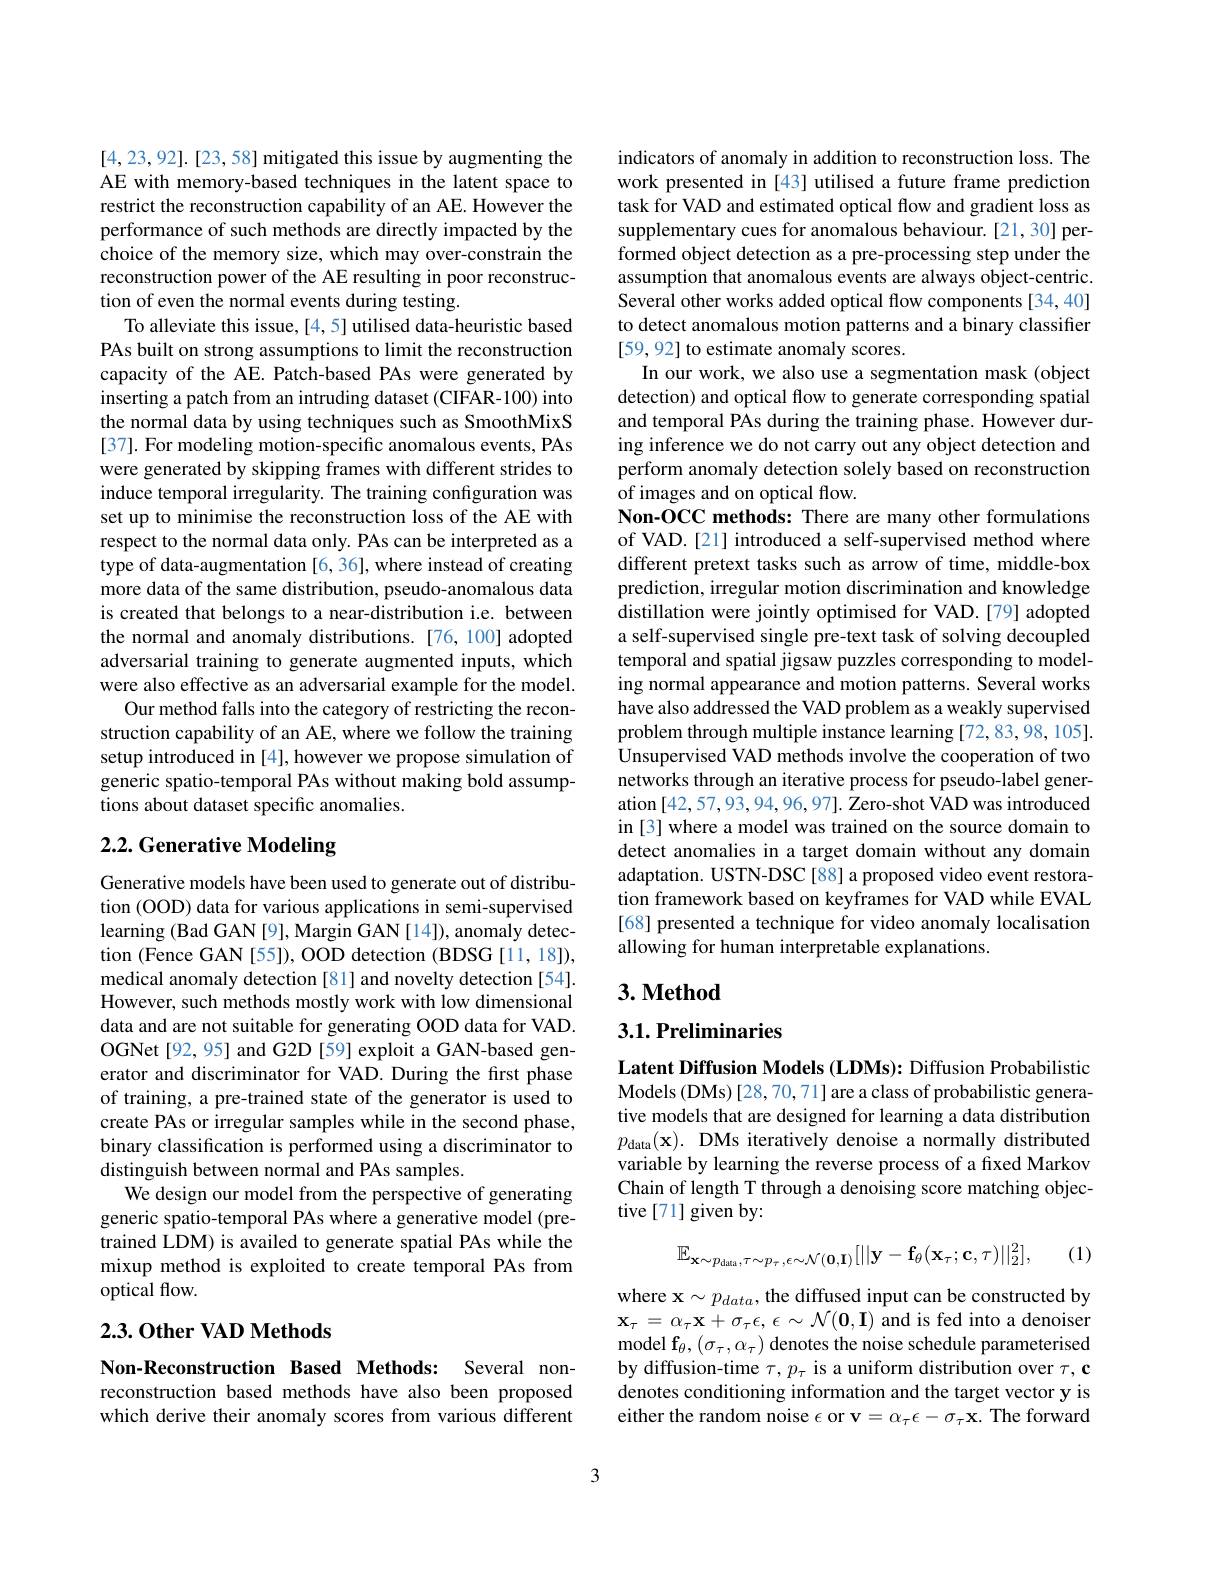
[4,23,92].[23,58] mitigated this issue by augmenting the AE with memory-based techniques in the latent space to restrict the reconstruction capability of an AE. However the performance of such methods are directly impacted by the choice of the memory size, which may over-constrain the reconstruction power of the AE resulting in poor reconstruction of even the normal events during testing.
To alleviate this issue, [4,5] utilised data-heuristic based PAs built on strong assumptions to limit the reconstruction capacity of the AE. Patch-based PAs were generated by inserting a patch from an intruding dataset (CIFAR-100) into the normal data by using techniques such as SmoothMixS [37]. For modeling motion-specific anomalous events, PAs were generated by skipping frames with different strides to induce temporal irregularity. The training configuration was set up to minimise the reconstruction loss of the AE with respect to the normal data only. PAs can be interpreted as a type of data-augmentation [6, 36], where instead of creating more data of the same distribution, pseudo-anomalous data is created that belongs to a near-distribution i.e. between the normal and anomaly distributions. [76,100] adopted adversarial training to generate augmented inputs, which were also effective as an adversarial example for the model.
Our method falls into the category of restricting the reconstruction capability of an AE, where we follow the training setup introduced in [4], however we propose simulation of generic spatio-temporal PAs without making bold assumptions about dataset specific anomalies.

# 2.2. Generative Modeling

Generative models have been used to generate out of distribution (OOD) data for various applications in semi-supervised learning (Bad GAN [9], Margin GAN [14]), anomaly detection (Fence GAN [55]), OOD detection (BDSG [11,18]), medical anomaly detection [81] and novelty detection [54]. However, such methods mostly work with low dimensional data and are not suitable for generating OOD data for VAD. OGNet[92, 95] and G2D [59] exploit a GAN-based generator and discriminator for VAD. During the first phase of training, a pre-trained state of the generator is used to create PAs or irregular samples while in the second phase, binary classification is performed using a discriminator to distinguish between normal and PAs samples.
We design our model from the perspective of generating generic spatio-temporal PAs where a generative model (pretrained LDM) is availed to generate spatial PAs while the mixup method is exploited to create temporal PAs from optical flow.

## $2. 3. \textbf{Other VAD Methods}$

Non-Reconstruction Based Methods: Several nonreconstruction based methods have also been proposed which derive their anomaly scores from various different

indicators of anomaly in addition to reconstruction loss. The work presented in [43] utilised a future frame prediction task for VAD and estimated optical flow and gradient loss as supplementary cues for anomalous behaviour.[21,30] performed object detection as a pre-processing step under the assumption that anomalous events are always object-centric. Several other works added optical flow components [34,40] to detect anomalous motion patterns and a binary classifier [59,92] to estimate anomaly scores.
In our work, we also use a segmentation mask (object detection) and optical flow to generate corresponding spatial and temporal PAs during the training phase. However during inference we do not carry out any object detection and perform anomaly detection solely based on reconstruction of images and on optical flow.
Non-OCC methods: There are many other formulations of VAD.[21] introduced a self-supervised method where different pretext tasks such as arrow of time, middle-box prediction, irregular motion discrimination and knowledge distillation were jointly optimised for VAD.[79] adopted a self-supervised single pre-text task of solving decoupled temporal and spatial jigsaw puzzles corresponding to modeling normal appearance and motion patterns. Several works have also addressed the VAD problem as a weakly supervised problem through multiple instance learning [72,83,98,105]. Unsupervised VAD methods involve the cooperation of two networks through an iterative process for pseudo-label generation [42,57,93,94,96,97]. Zero-shot VAD was introduced in [3] where a model was trained on the source domain to detect anomalies in a target domain without any domain adaptation. USTN-DSC[88] a proposed video event restoration framework based on keyframes for VAD while EVAL [68] presented a technique for video anomaly localisation allowing for human interpretable explanations.

## $3. \textbf{Method}$

## $3. 1. \textbf{Preliminaries}$

Latent Diffusion Models (LDMs): Diffusion Probabilistic Models (DMs) [28,70,71] are a class of probabilistic generative models that are designed for learning a data distribution $p_{\mathrm{data}}( \mathbf{x} ) . \textbf{ DMs iteratively denoise a normally distributed}$ variable by learning the reverse process of a fixed Markov Chain of length T through a denoising score matching objective[71]given by:
$$\mathbb{E}_{\mathbf{x}\sim p_{\mathrm{data}},\tau\sim p_{\tau},\epsilon\sim\mathcal{N}(\mathbf{0},\mathbf{I})}[||\mathbf{y}-\mathbf{f}_{\theta}(\mathbf{x}_{\tau};\mathbf{c},\tau)||_{2}^{2}],$$
(1)

where $\mathbf{x}\sim p_{data}$,the diffused input can be constructed by $\mathbf{x}_{\tau}=\alpha_{\tau}\mathbf{x}+\sigma_{\tau}\epsilon,\epsilon\sim\mathcal{N}(\mathbf{0},\mathbf{I})$ and is fed into a denoiser model f$_\theta,(\sigma_\tau,\alpha_\tau)$ denotes the noise schedule parameterised by diffusion-time $\tau,p_\tau$ is a uniform distribution over $\tau,\mathbf{c}$ denotes conditioning information and the target vector y is either the random noise $\epsilon$ or v$=\alpha_\tau\epsilon-\sigma_\tau\mathbf{x}.$ The forward

3